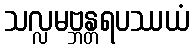
သလ္လမဗ္ဘန္တရပဿယံ